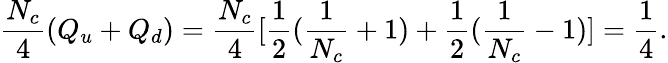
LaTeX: \frac{N_{c}}{4}(Q_{u}+Q_{d})=\frac{N_{c}}{4}[\frac{1}{2}(\frac{1}{N_{c}}+1)+\frac{1}{2}(\frac{1}{N_{c}}-1)]=\frac{1}{4}.